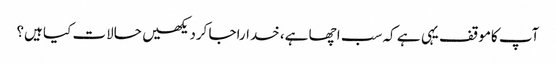
آپ کاموقف یہی ہے کہ سب اچھا ہے، خداراجا کردیکھیں حالات کیا ہیں؟